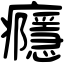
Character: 癮